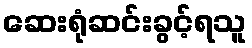
ဆေးရုံဆင်းခွင့်ရသူ